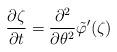
LaTeX: \begin{align*} \frac{\partial \zeta}{\partial t} = \frac{\partial^2}{\partial \theta^2}\tilde{\varphi}'(\zeta)\end{align*}